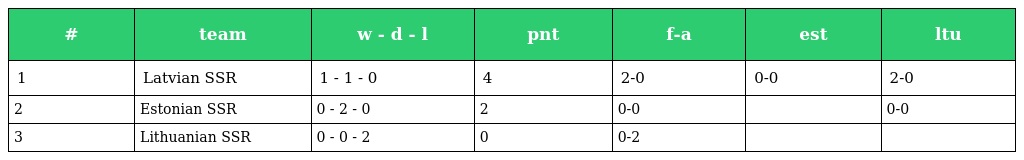
| # | team | w - d - l | pnt | f-a | est | ltu |
 | --- | --- | --- | --- | --- | --- | --- |
 | 1 | Latvian SSR | 1 - 1 - 0 | 4 | 2-0 | 0-0 | 2-0 |
 | 2 | Estonian SSR | 0 - 2 - 0 | 2 | 0-0 |  | 0-0 |
 | 3 | Lithuanian SSR | 0 - 0 - 2 | 0 | 0-2 |  |  |